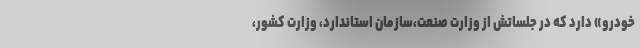
خودرو» دارد که در جلساتش از وزارت صنعت،سازمان استاندارد، وزارت کشور،